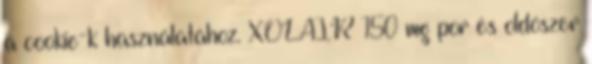
a cookie-k használatához. XOLAIR 150 mg por és oldószer